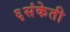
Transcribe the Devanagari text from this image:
६संकेती